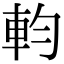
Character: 𨊷